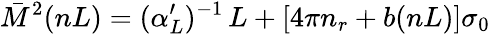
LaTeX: \bar{M}^{2}(nL)=(\alpha_{L}^{\prime})^{-1}\, L+[4\pi n_{r}+b(nL)]\sigma_{0}